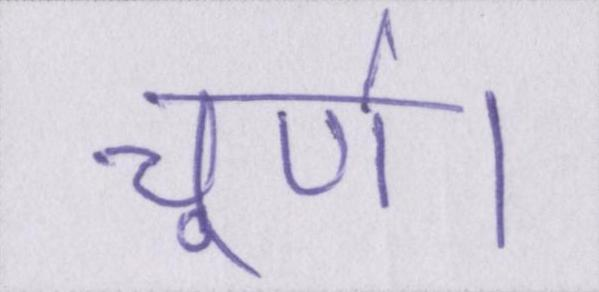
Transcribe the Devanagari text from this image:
चूर्ण।